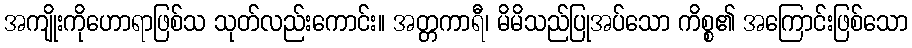
အကျိုးကိုဟောရာဖြစ်သ သုတ်လည်းကောင်း။ အတ္တကာရီ၊ မိမိသည်ပြုအပ်သော ကိစ္စ၏ အကြောင်းဖြစ်သော